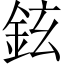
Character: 鉉